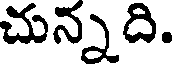
చున్నది.